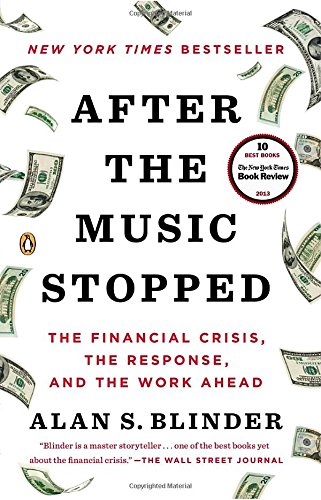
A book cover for After the Music Stopped: The Financial Crisis, the Response, and the Work Ahead; Alan S. Blinder; Business & Money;